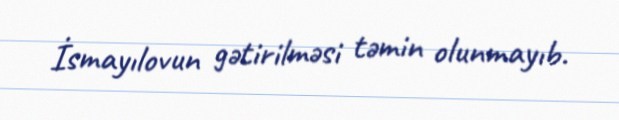
İsmayılovun gətirilməsi təmin olunmayıb.